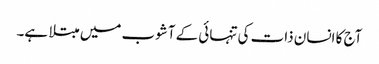
آج کا انسان ذات کی تنہائی کے آشوب میں مبتلا ہے۔